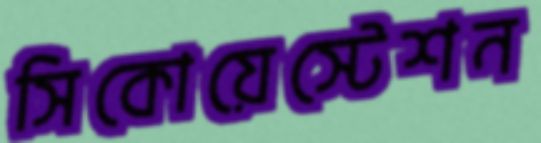
সিকোয়েস্টেশন